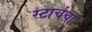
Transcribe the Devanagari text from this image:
स्टार्चचा